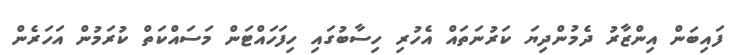
ފައިބަން އިންޒާރު ދެމުންދިޔަ ކަރުނަތައް އެހުރި ހިސާބުގައި ހިފަހައްޓަން މަސައްކަތް ކުރަމުން އަހަރެން